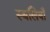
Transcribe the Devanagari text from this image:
स्थलियाँ